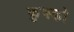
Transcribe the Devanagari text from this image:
कुझ्को